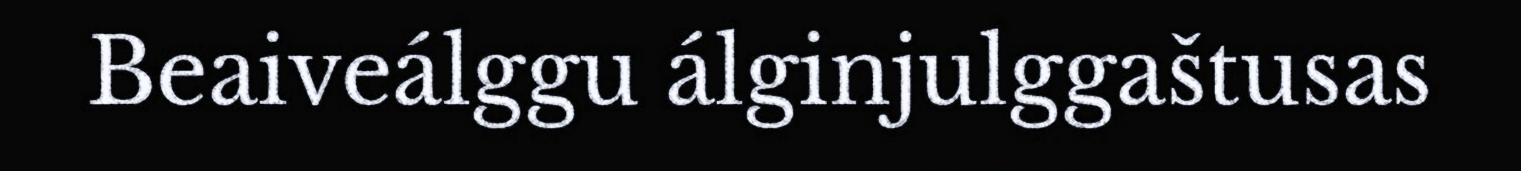
Beaiveálggu álginjulggaštusas